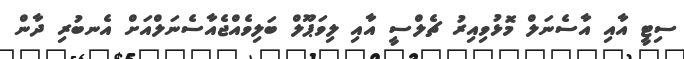
ސިޓީ އާއި އާސެނަލް މޮޅުވިއިރު ޗެލްސީ އާއި ލިވަޕޫލް ބަލިވެއްޖެއާސެނަލްއަށް އެނބުރި ދާން